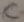
Text: c